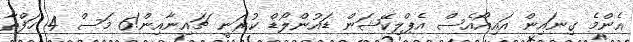
އެންމެ ގިނައިން އައިއޯއެސް އެޕްލިކޭޝަން ޑައުންލޯޑް ކުރަނީ ޗައިނާއިން!6 މަސް 4 ހަފްތާ